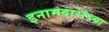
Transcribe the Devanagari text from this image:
इनामदारांच्या